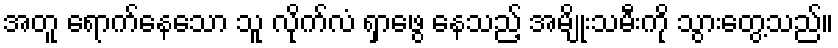
အတူ ရောက်နေသော သူ လိုက်လံ ရှာဖွေ နေသည့် အမျိုးသမီးကို သွားတွေ့သည်။